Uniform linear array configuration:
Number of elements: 12
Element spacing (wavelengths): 0.5
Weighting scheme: hann
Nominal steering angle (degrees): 15
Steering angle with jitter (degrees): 14.471
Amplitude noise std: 0.05
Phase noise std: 0.05

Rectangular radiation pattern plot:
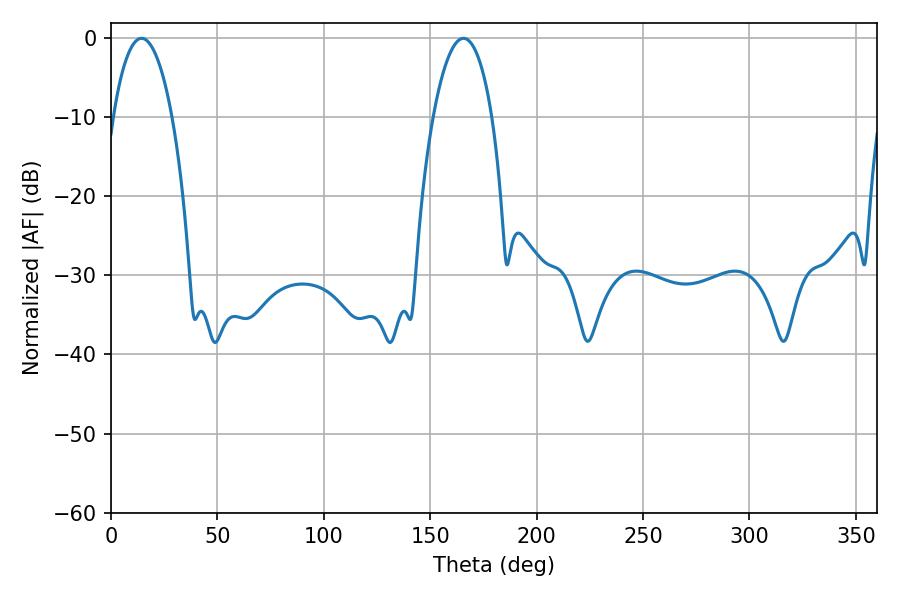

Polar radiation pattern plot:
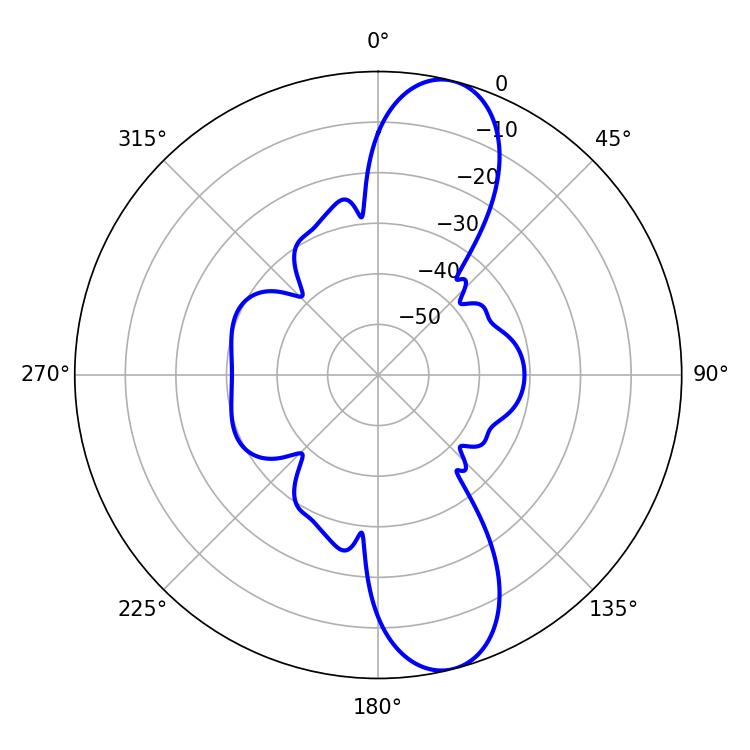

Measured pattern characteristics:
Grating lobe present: FALSE
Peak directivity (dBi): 11.462
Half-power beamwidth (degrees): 15.48
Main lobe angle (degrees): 14.4